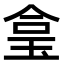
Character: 𤥓